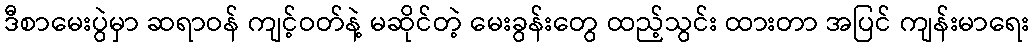
ဒီစာမေးပွဲမှာ ဆရာဝန် ကျင့်ဝတ်နဲ့ မဆိုင်တဲ့ မေးခွန်းတွေ ထည့်သွင်း ထားတာ အပြင် ကျန်းမာရေး